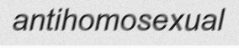
antihomosexual